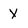
Character: X